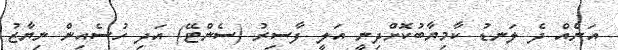
އަނެއް ދެ ލަނޑު ކާމިޔާބުކޮށްދިނީ އަލީ ފާސިރު (ސެންޓޭ) އަދި ހުސެއިން ނިޔާޒު